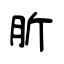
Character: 肵